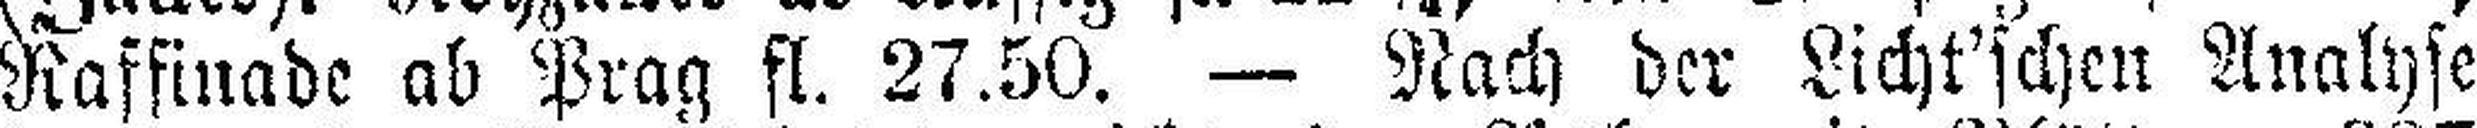
Raffinade ab Prag fl. 27.50. — Nach der Licht'schen Analyse